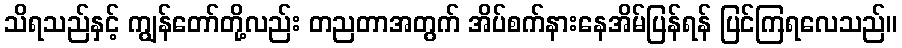
သိရသည်နှင့် ကျွန်တော်တို့လည်း တညတာအတွက် အိပ်စက်နားနေအိမ်ပြန်ရန် ပြင်ကြရလေသည်။